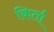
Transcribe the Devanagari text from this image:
किर्ता